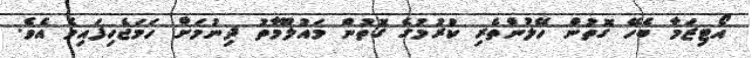
އޯޓިޒަމާ ބެހޭ ގޮތުން ހޭލުންތެރި ކުރުމުގެ ގޮތުން މައުލޫމާތު ދިނުމަށް ހަމަޖެހިފައިވެ އެވެ.